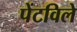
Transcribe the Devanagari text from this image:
पेंटविले